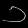
Digit: ၁